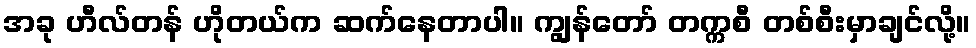
အခု ဟီလ်တန် ဟိုတယ်က ဆက်နေတာပါ။ ကျွန်တော် တက္ကစီ တစ်စီးမှာချင်လို့။